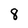
Character: 8